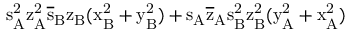
\mathrm { s _ { A } ^ { 2 } \mathrm { z _ { A } ^ { 2 } \mathrm { \overline { { s } } _ { B } \mathrm { z _ { B } ( \mathrm { x _ { B } ^ { 2 } + \mathrm { y _ { B } ^ { 2 } ) + \mathrm { s _ { A } \mathrm { \overline { { z } } _ { A } \mathrm { s _ { B } ^ { 2 } \mathrm { z _ { B } ^ { 2 } ( \mathrm { y _ { A } ^ { 2 } + \mathrm { x _ { A } ^ { 2 } ) } } } } } } } } } } } }